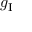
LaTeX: g _ { \mathrm { I } }